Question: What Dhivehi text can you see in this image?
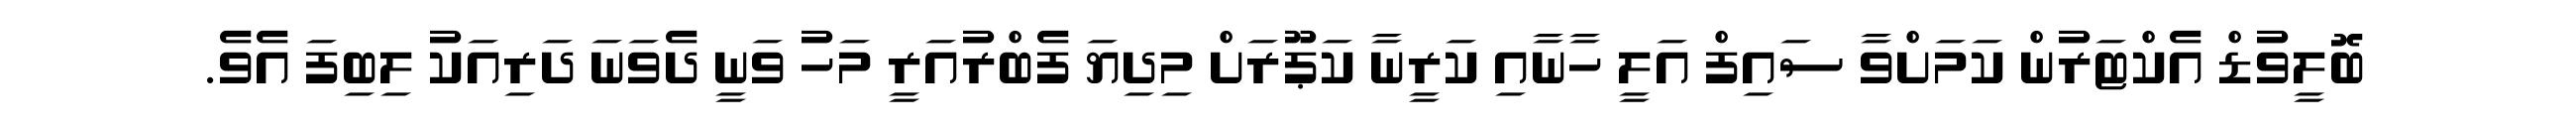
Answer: ބޮލީވުޑް އެކްޓަރުން ކަމަށްވާ ސައިފް އަލީ ހާނާއި ކަރީނާ ކަޕޫރަށް މިދިޔަ ފެބްރުއަރީ މަހު ވަނީ ދެވަނަ ދަރިއަކު ލިބިފަ އެވެ.